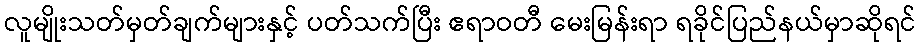
လူမျိုးသတ်မှတ်ချက်များနှင့် ပတ်သက်ပြီး ဧရာဝတီ မေးမြန်းရာ ရခိုင်ပြည်နယ်မှာဆိုရင်